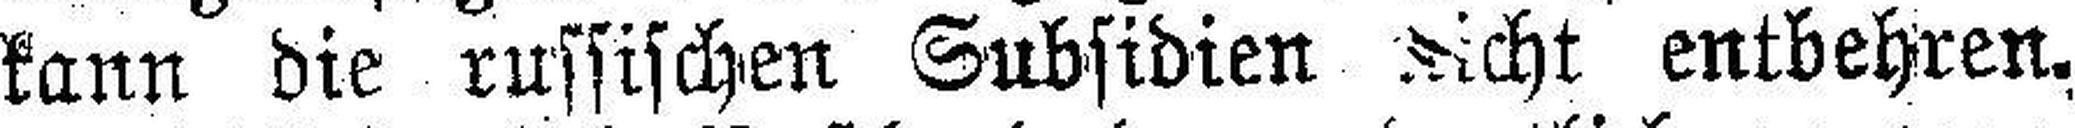
kann die russischen Subsidien nicht entbehren.